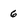
Character: 6